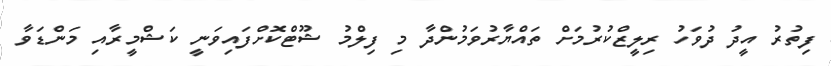
ފިތުރު އީދު ދުވަހު ރިލީޒްކުރުމަށް ތައްޔާރުވަމުންދާ މި ފިލްމު ޝޫޓްކޮށްފައިވަނީ ކަޝްމީރާއި މަންޑަވާ